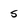
Character: 5